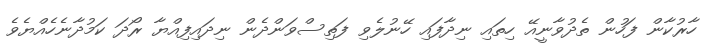
ހާރުކާން ފަހުން ތެދުވާނީއޭ ހިތައި ނިދާފައި ހޭނުލެވި ފަތިސްވަންދެން ނިދައިފިއްޔާ ރޯދަ ކަމުދާނެހެއްޔެވެ